Annual statistical returns and brief notes on vaccination in Bengal - 1909-1929
Year: 1909
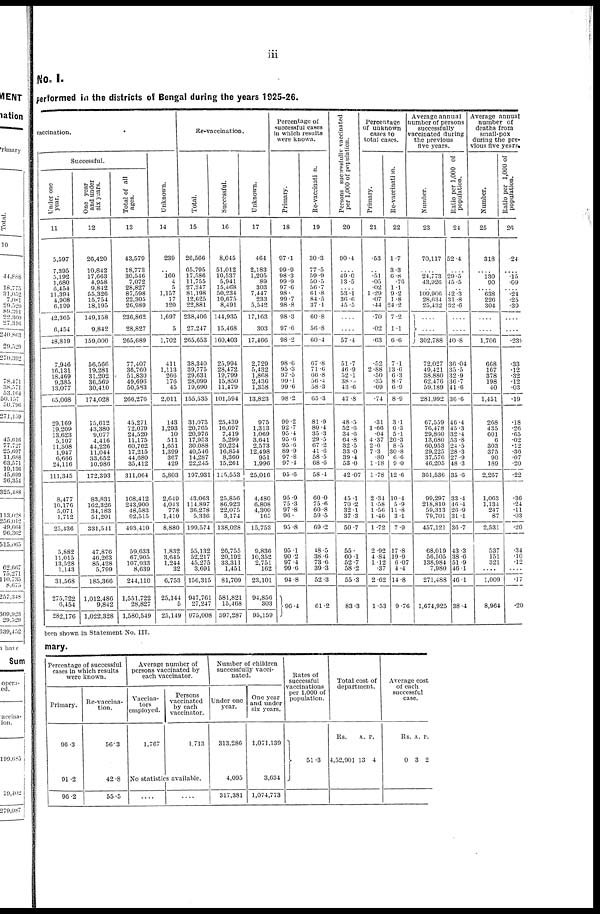
iii
No. I.
performed in the districts of Bengal during the years 1925-26.
vaccination.
Successful.
Under one
year.
11
5,597
7,395
5,192
1,680
6,454
11,394
4,908
6,199
42,365
6,454
48,819
7,946
16,131
18,469
9,385
13,077
65,008
29,169
19,209
13,623
5,107
11,508
1,947
6,666
24,116
111,345
8,477
10,176
5,071
1,712
25,436
5,882
11,015
13,528
1,143
31,568
275,722
6,454
282,176
One year
and under
six years.
12
26,420
10,842
17,663
4,958
9,842
55,326
15,754
18,195
149,158
9,842
159,000
56,566
19,281
31,202
36,569
30,410
174,028
15,612
43,380
9,077
4,416
44,226
11,044
33,652
10,986
172,393
83,831
162,326
34,183
51,201
331,541
47,876
46,263
85,428
5,799
185,366
1,012,486
9,842
1,022,328
Total of all
ages.
13
43,579
18,773
30,546
7,072
28,827
87,598
22,305
26,989
236,862
28,827
265,689
77,407
36,760
51,830
49,696
50,583
266,276
45,271
72,079
24,520
11,175
60,762
17,215
44,680
35,412
311,064
108,412
243,900
48,583
92,515
493,410
59,633
67,905
107,933
8,639
244,110
1,551,722
28,827
1,580,549
Unknown.
14
239
..
160
4
5
1,157
17
120
1,697
5
1,702
411
1,113
260
176
45
2,011
143
1,293
10
511
1,651
1,399
367
429
5,803
2,649
4,043
778
1,410
8,880
1,832
3,645
1,244
32
6,753
25,144
5
25,149
Re-vaccination.
Total.
15
20,566
65,795
17,586
11,755
27,247
81,198
12,625
22,881
238,400
27,247
265,053
38,340
39,775
29,631
28,099
19,690
155,535
31,073
20,765
20,976
17,953
30,088
40,540
14,287
22,245
197,931
43,063
114,897
36,278
5,330
199,574
55,132
52,217
45,275
3,091
156,315
947,761
27,247
975,008
Successful.
16
8,045
51,012
10,537
5,941
15,468
50,234
10,675
8,491
144,935
15,468
160,466
25,994
28,472
19,799
15,850
11,479
101,594
25,439
16,697
7,419
5,299
20,224
16,854
8,360
15,201
115,553
25,856
86,923
22,075
3,174
138,028
26,755
20,192
33,311
1,451
81,709
581,821
15,468
597,287
Unknown.
17
464
2,183
1,205
89
303
7,447
233
5,542
17,103
303
17,466
2,729
5,432
1,868
2,430
1,358
13,823
975
1,313
1,069
3,041
2,573
12,498
951
1,996
25,016
4,480
6,808
4,300
165
15,753
9,836
10,352
2,751
162
23,101
94,856
303
95,159
Percentage of
successful cases
in which results
were known.
Primary.
18
97.1
99.9
98.3
99.9
97.6
98.
99.7
98.8
98.3
97.6
98.2
98.6
95.3
97.5
99.1
99.6
98.2
99.2
92.7
95.4
95.6
95.6
89.9
97.8
97.4
95.6
95.9
75.3
97.8
96.
95.8
95.1
90.2
97.4
99.6
94.8
96.4
Re-vaccination.
19
30.3
77.5
59.9
50.5
56.7
61.8
84.5
37.1
60.8
56.8
60.4
67.8
71.6
66.8
56.4
58.3
65.3
81.9
80.4
35.3
29.5
67.2
41.6
58.5
68.6
58.4
60.0
75.6
60.8
59.5
69.2
18.5
38.6
73.6
39.3
52.3
61.2
Persons successfully vaccinated
per 1,000 of population.
20
90.4
....
49.0
13.5
.... 53.1
36.6
45.5
....
....
57.4
51.7
46.9
52.1
38.0
43.6
47.8
48.5
52.0
34.6
64.8
32.5
33.0
39.4
53.0
42.07
45.1
70.2
32.1
37.3
50.7
55.
60.1
52.7
58.2
55.3
83.3
Percentage
of unknown
cases to
total cases.
Primary.
21
.53
..
.51
.05
.02
1.29
.07
.44
.70
.02
.63
.52
2.88
.50
.35
.09
.74
.31
1.66
.04
4.37
2.6
7.3
.80
1.18
1.78
2.34
1.58
1.56
1.46
1.72
2.92
4.84
1.12
.37
2.62
1.53
Re-vaccination.
22
1.7
3.3
6.8
.76
1.1
9.2
1.8
24.2
7.2
1.1
6.6
7.1
13.6
6.3
8.7
6.9
8.9
3.1
6.3
5.1
20.3
8.5
30.8
6.6
9.0
12.6
10.4
5.9
11.8
3.1
7.9
17.8
19.9
6.07
4.4
14.8
9.76
Average annual
number of persons
successfully
vaccinated during
the previous
five years.
Number.
23
70,117
....
24,773
43,926
.... 109,906
28,634
25,432
....
....
302,788
72,027
49,421
38,880
62,476
59,189
281,992
67,559
76,478
29,860
13,680
60,953
29,225
37,576
46,205
361,536
99,297
218,810
59,313
79,701
457,121
68,019
56,505
138,984
7,980
271,488
1,674,925
Ratio per 1,000 of
population.
24
52.4
....
29.5
45.5
.... 42.3
31.8
32.6
....
....
40.8
36.04
35.5
32.9
36.7
41.6
36.6
46.4
45.3
32.4
53.8
24.5
28.3
27.9
48.3
35.6
33.4
46.4
26.9
31.1
36.7
43.3
38.6
51.9
46.1
46.1
38.4
Average annual
number of
deaths from
small-pox
during the pre-
vious five years.
Number.
25
318
....
130
90
.... 638
226
304
....
....
1,706
668
167
378
198
40
1,451
268
435
601
6
303
375
90
189
2,267
1,063
1,134
247
87
2,531
537
151
321
....
1,009
8,964
Ratio per 1,000 of
population.
26
.24
....
.15
.09
.... .24
.25
.39
....
....
.239
.33
.12
.32
.12
.03
.19
.18
.26
.65
.02
.12
.36
.07
.20
.22
.36
.24
.11
.03
.20
.34
.10
.12
....
.17
.20
been shown in Statement No. III.
mary.
Percentage of successful
cases in which results
were known.
Primary.
90.3
91.2
96.2
Re-vaccina-
tion.
56.3
42.8
55.5
Average number of
persons vaccinated by
each vaccinator.
Vaccina-
tors
employed.
1,767
Persons
vaccinated
by each
vaccinator.
1,713
No statistics available.
....
....
Number of children
successfully vacci-
nated.
Under one
year.
313,286
4,095
317,381
One year
and under
six years.
1,071,139
3,634
1,074,773
Rates of
successful
vaccinations
per 1,000 of
population.
51.3
Total cost of
department.
Rs.
4,52,901
A.
13
P.
4
Average cost
of each
successful
case.
Rs
0
A
3
P.
2